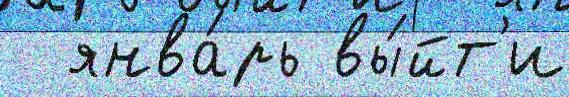
  янва́рь вы́йт'и